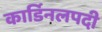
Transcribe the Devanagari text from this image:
कार्डिनलपदी